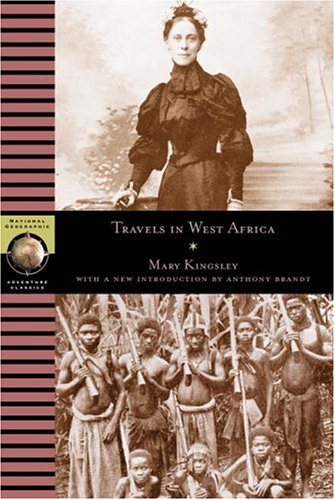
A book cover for Travels in West Africa (National Geographic Adventure Classics); mary KINGSLEY; Biographies & Memoirs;